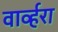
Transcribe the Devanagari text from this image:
वार्व्हरा